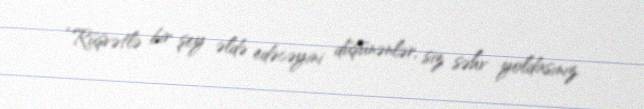
“Rüşvətlə bir şey əldə edəcəyini düşünənlər, siz səhv yoldasınız.